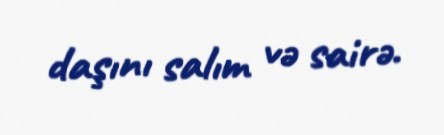
daşını salım və sairə.